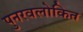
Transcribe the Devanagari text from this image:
पुनरवलोकित